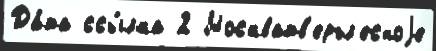
Да́та ссы́лка 2 Москватв'ерьл'есноjе